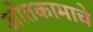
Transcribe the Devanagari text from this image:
ओतकामाचे